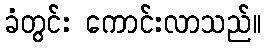
ခံတွင်း ကောင်းလာသည်။